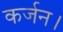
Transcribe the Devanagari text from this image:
कर्जन।